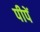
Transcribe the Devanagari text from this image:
पीपें